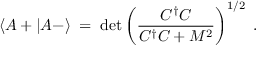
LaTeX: \langle A + | A - \rangle \; = \; \operatorname * { d e t } \left( \frac { C ^ { \dagger } C } { C ^ { \dagger } C + M ^ { 2 } } \right) ^ { 1 / 2 } \; .